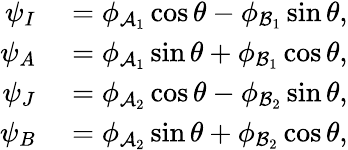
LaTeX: \begin{array}{rl}{\psi_{I}}&{{}=\phi_{\mathcal{A}_{1}}\cos\theta-\phi_{\mathcal{B}_{1}}\sin\theta,}\\ {\psi_{A}}&{{}=\phi_{\mathcal{A}_{1}}\sin\theta+\phi_{\mathcal{B}_{1}}\cos\theta,}\\ {\psi_{J}}&{{}=\phi_{\mathcal{A}_{2}}\cos\theta-\phi_{\mathcal{B}_{2}}\sin\theta,}\\ {\psi_{B}}&{{}=\phi_{\mathcal{A}_{2}}\sin\theta+\phi_{\mathcal{B}_{2}}\cos\theta,}\end{array}